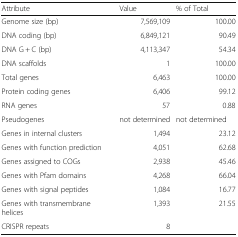
<table><thead><tr><td><b>Attribute</b></td><td><b>Value</b></td><td><b>% of Total</b></td></tr></thead><tbody><tr><td>Genome size (bp)</td><td>7,569,109</td><td>100.00</td></tr><tr><td>DNA coding (bp)</td><td>6,849,121</td><td>90.49</td></tr><tr><td>DNA G + C (bp)</td><td>4,113,347</td><td>54.34</td></tr><tr><td>DNA scaffolds</td><td>1</td><td>100.00</td></tr><tr><td>Total genes</td><td>6,463</td><td>100.00</td></tr><tr><td>Protein coding genes</td><td>6,406</td><td>99.12</td></tr><tr><td>RNA genes</td><td>57</td><td>0.88</td></tr><tr><td>Pseudogenes</td><td>not determined</td><td>not determined</td></tr><tr><td>Genes in internal clusters</td><td>1,494</td><td>23.12</td></tr><tr><td>Genes with function prediction</td><td>4,051</td><td>62.68</td></tr><tr><td>Genes assigned to COGs</td><td>2,938</td><td>45.46</td></tr><tr><td>Genes with Pfam domains</td><td>4,268</td><td>66.04</td></tr><tr><td>Genes with signal peptides</td><td>1,084</td><td>16.77</td></tr><tr><td>Genes with transmembrane helices</td><td>1,393</td><td>21.55</td></tr><tr><td>CRISPR repeats</td><td>8</td><td></td></tr></tbody></table>